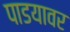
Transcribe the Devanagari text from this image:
पाडयावर